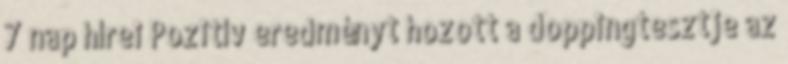
7 nap hírei Pozitív eredményt hozott a doppingtesztje az